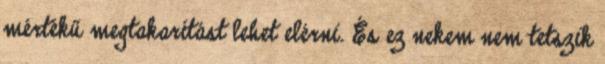
mértékű megtakarítást lehet elérni. És ez nekem nem tetszik